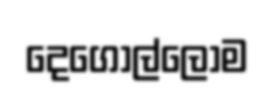
දෙගොල්ලෝම